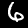
Label: 6